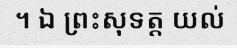
។ ឯ ព្រះសុទត្ត យល់